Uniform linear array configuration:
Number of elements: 4
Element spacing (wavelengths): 0.5
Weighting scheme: blackman
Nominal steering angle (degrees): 45
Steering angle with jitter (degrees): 43.096
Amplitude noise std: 0.05
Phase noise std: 0.05

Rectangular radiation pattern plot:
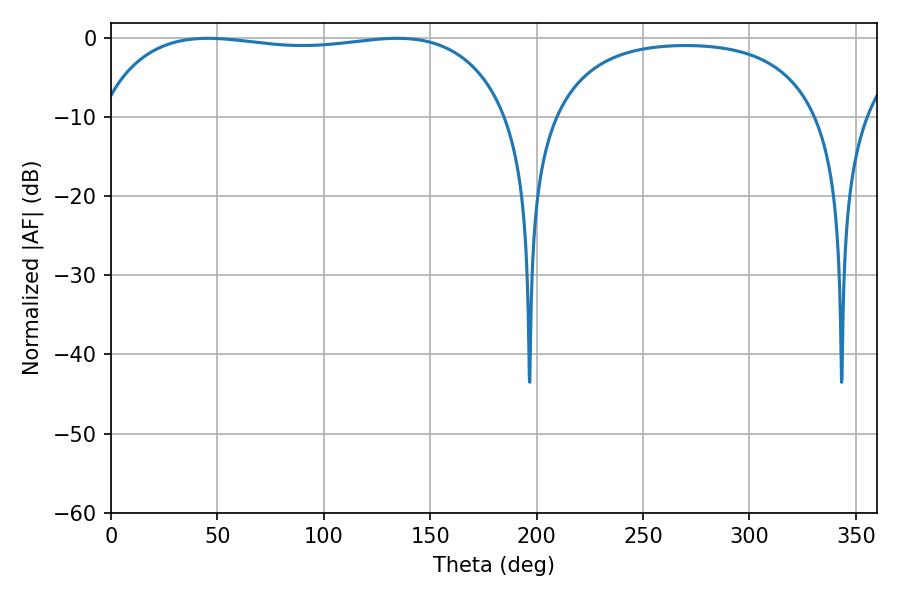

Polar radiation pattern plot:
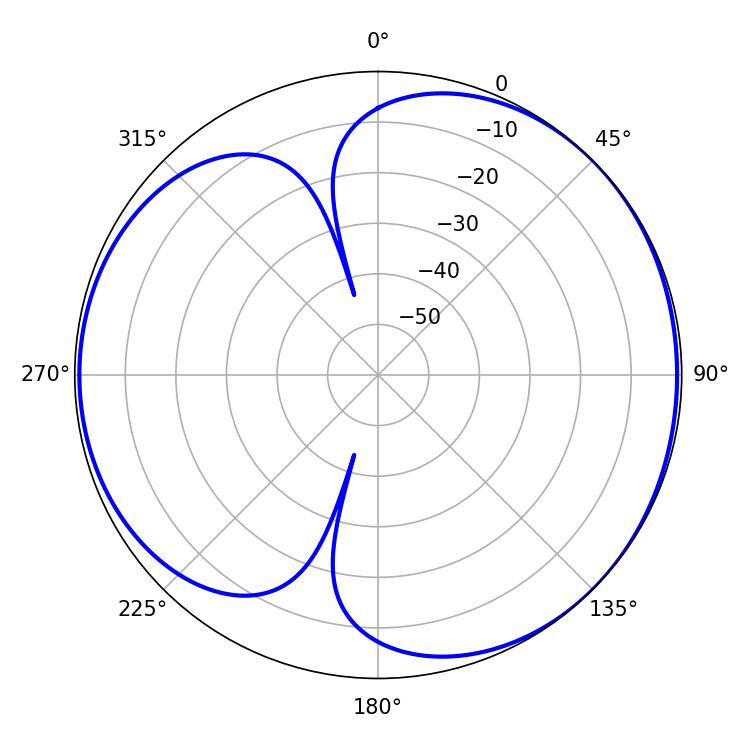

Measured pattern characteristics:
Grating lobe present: FALSE
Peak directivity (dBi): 4.552
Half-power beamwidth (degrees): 155.16
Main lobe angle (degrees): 45.54